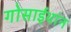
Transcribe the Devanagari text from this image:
गोसाईथांन